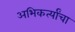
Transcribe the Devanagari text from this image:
अभिकर्त्यांचा